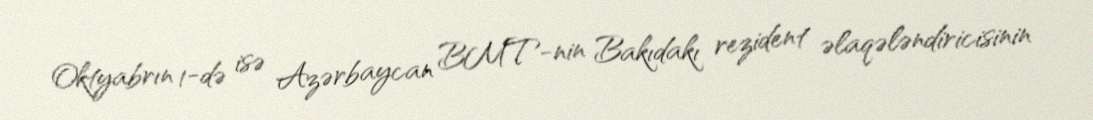
Oktyabrın 1-də isə Azərbaycan BMT-nin Bakıdakı rezident əlaqələndiricisinin